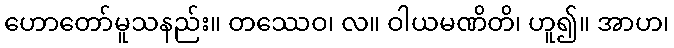
ဟောတော်မူသနည်း။ တဿေဝ၊ လ။ ဝါယမဏိတိ၊ ဟူ၍။ အာဟ၊